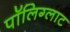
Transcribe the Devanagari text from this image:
पॉलिग्लाट